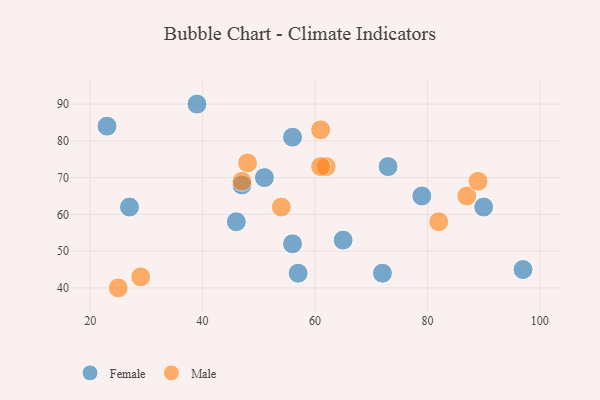
{"axis": {"x": "GDP", "y": "Life Expectancy"}, "legend": ["Female", "Male"], "data": [{"x": "79", "y": 65, "type": "Female"}, {"x": "73", "y": 73, "type": "Female"}, {"x": "65", "y": 53, "type": "Female"}, {"x": "23", "y": 84, "type": "Female"}, {"x": "39", "y": 90, "type": "Female"}, {"x": "97", "y": 45, "type": "Female"}, {"x": "72", "y": 44, "type": "Female"}, {"x": "51", "y": 70, "type": "Female"}, {"x": "56", "y": 52, "type": "Female"}, {"x": "56", "y": 81, "type": "Female"}, {"x": "47", "y": 68, "type": "Female"}, {"x": "27", "y": 62, "type": "Female"}, {"x": "90", "y": 62, "type": "Female"}, {"x": "46", "y": 58, "type": "Female"}, {"x": "57", "y": 44, "type": "Female"}, {"x": "48", "y": 74, "type": "Male"}, {"x": "62", "y": 73, "type": "Male"}, {"x": "61", "y": 73, "type": "Male"}, {"x": "47", "y": 69, "type": "Male"}, {"x": "61", "y": 83, "type": "Male"}, {"x": "29", "y": 43, "type": "Male"}, {"x": "54", "y": 62, "type": "Male"}, {"x": "25", "y": 40, "type": "Male"}, {"x": "87", "y": 65, "type": "Male"}, {"x": "89", "y": 69, "type": "Male"}, {"x": "82", "y": 58, "type": "Male"}]}